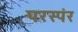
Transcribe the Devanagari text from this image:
परस्पंर